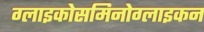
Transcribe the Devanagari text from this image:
ग्लाइकोसमिनोग्लाइकन